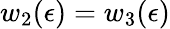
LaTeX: w_{2}(\epsilon)=w_{3}(\epsilon)